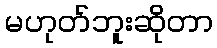
မဟုတ်ဘူးဆိုတာ